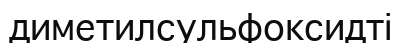
диметилсульфоксидті